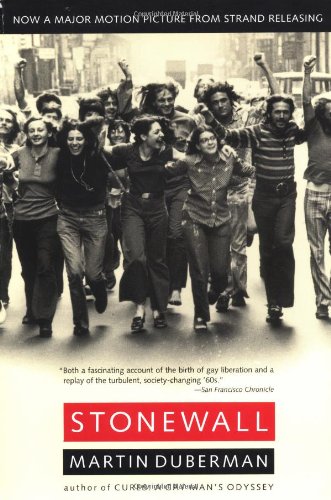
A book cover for Stonewall; Martin Bauml Duberman; Gay & Lesbian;